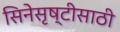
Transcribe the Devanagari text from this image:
सिनेसृष्टीसाठी